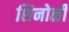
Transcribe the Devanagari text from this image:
शिनोळी